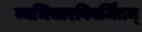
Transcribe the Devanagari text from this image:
व्यभिचारविवर्जितम्